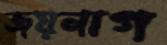
জয়নাগ